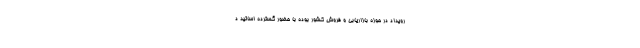
رویداد در حوزه بازاریابی و فروش کشور بوده با حضور گسترده اساتید د